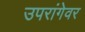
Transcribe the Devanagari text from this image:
उपरांगेवर